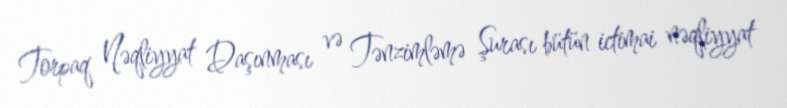
Torpaq Nəqliyyat Daşınması və Tənzimləmə Şurası bütün ictimai nəqliyyat